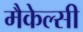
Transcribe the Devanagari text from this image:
मैकेल्सी